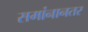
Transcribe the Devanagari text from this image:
समांनानतर